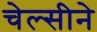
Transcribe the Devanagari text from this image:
चेल्सीने